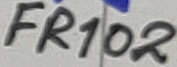
Text: FR102